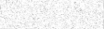
٥٢